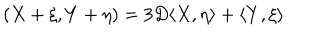
( X + \xi , Y + \eta ) = 3 D \langle X , \eta \rangle + \langle Y , \xi \rangle